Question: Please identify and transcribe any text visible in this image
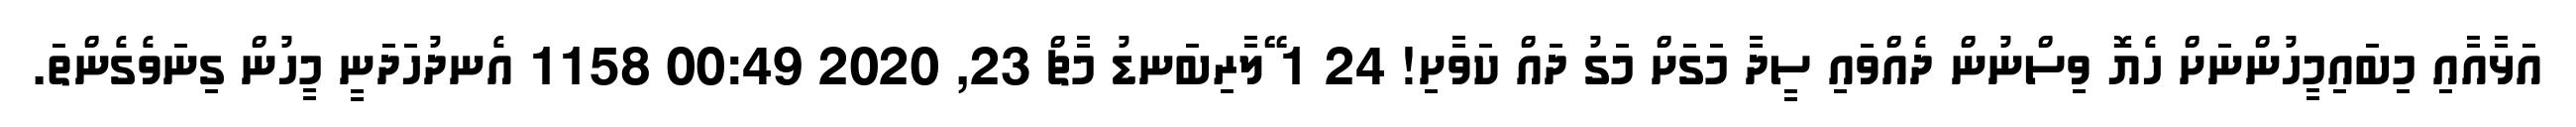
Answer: އަޅާއާއި މިބައިމީހުންނަށް ހެޔޮ ވިސްނުން ދެއްވައި ސީދާ މަގަށް މަގު ދައް ކަވާށި! 24 1 ޭލާރިބަނޑު މާޗް 23, 2020 00:49 1158 އެނދުހަދަނީ މީހުން ގިނަވެގެންތަ.